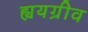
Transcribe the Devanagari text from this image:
ह्ययग्रीव